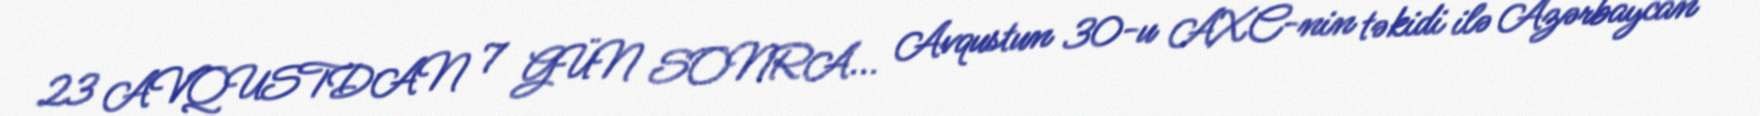
23 AVQUSTDAN 7 GÜN SONRA... Avqustun 30-u AXC-nin təkidi ilə Azərbaycan